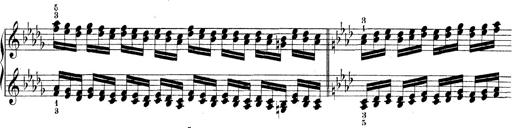
Title: Technische Studien
Composer: Franz Liszt